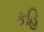
કહિ